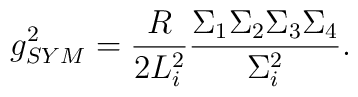
g_{SYM}^2 = \frac {R}{2 L_i^2} \frac {\Sigma_ 1 \Sigma_2 \Sigma_3\Sigma_4}{\Sigma_i^2}.